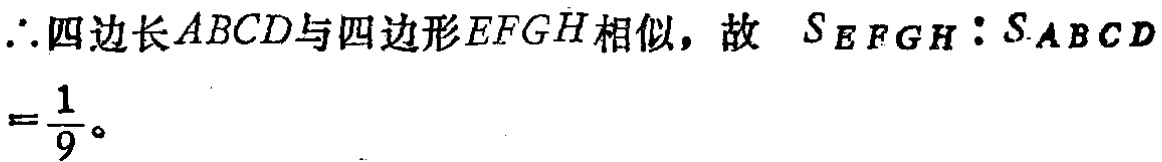
\(\therefore\)四边 长\(ABCD\)与四边形\(EFGH\)相似，故 \(S_{EFGH}:S_{ABCD}\)
\(=\frac{1}{9}。\)